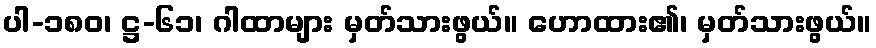
ပါ-၁၈၀၊ ဋ္ဌ-၆၁၊ ဂါထာများ မှတ်သားဖွယ်။ ဟောထား၏၊ မှတ်သားဖွယ်။